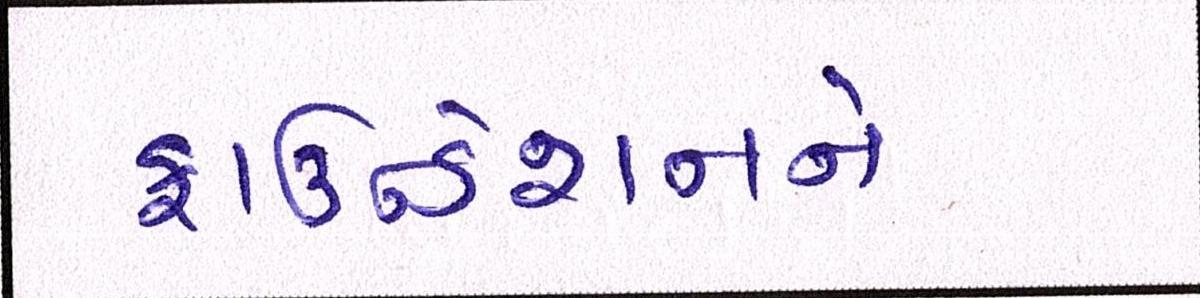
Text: ફાઉન્ડેશનને